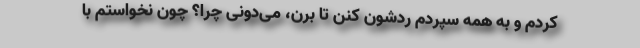
کردم و به همه سپردم ردشون کنن تا برن، می‌دونی چرا؟ چون نخواستم با